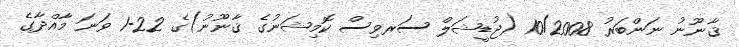
ޤާނޫނު ނަންބަރު 10/2008 (ޖުޑީޝަލް ސަރވިސް ކޮމިޝަނުގެ ޤާނޫނު)ގެ 22-1 ވަނަ މާއްދާގެ